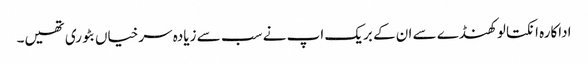
اداکارہ انکتا لوکھنڈے سے ان کے بریک اپ نے سب سے زیادہ سرخیاں بٹوری تھیں۔